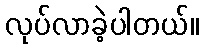
လုပ်လာခဲ့ပါတယ်။